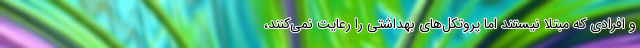
و افرادی که مبتلا نیستند اما پروتکل‌های بهداشتی را رعایت نمی‌کنند،